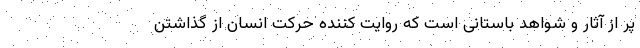
پر از آثار و شواهد باستانی است که روایت کننده حرکت انسان از گذاشتن